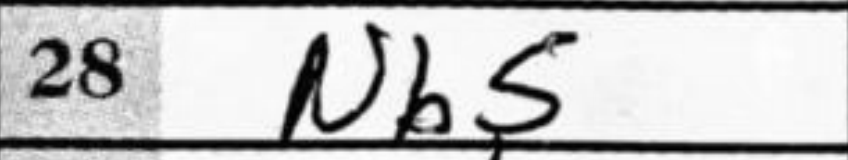
Transcription: Nb5